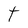
Character: t